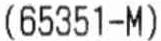
(65351-M)